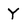
Character: Y